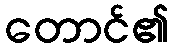
တောင်၏